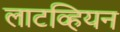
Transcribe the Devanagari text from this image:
लाटव्हियन